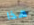
هذا